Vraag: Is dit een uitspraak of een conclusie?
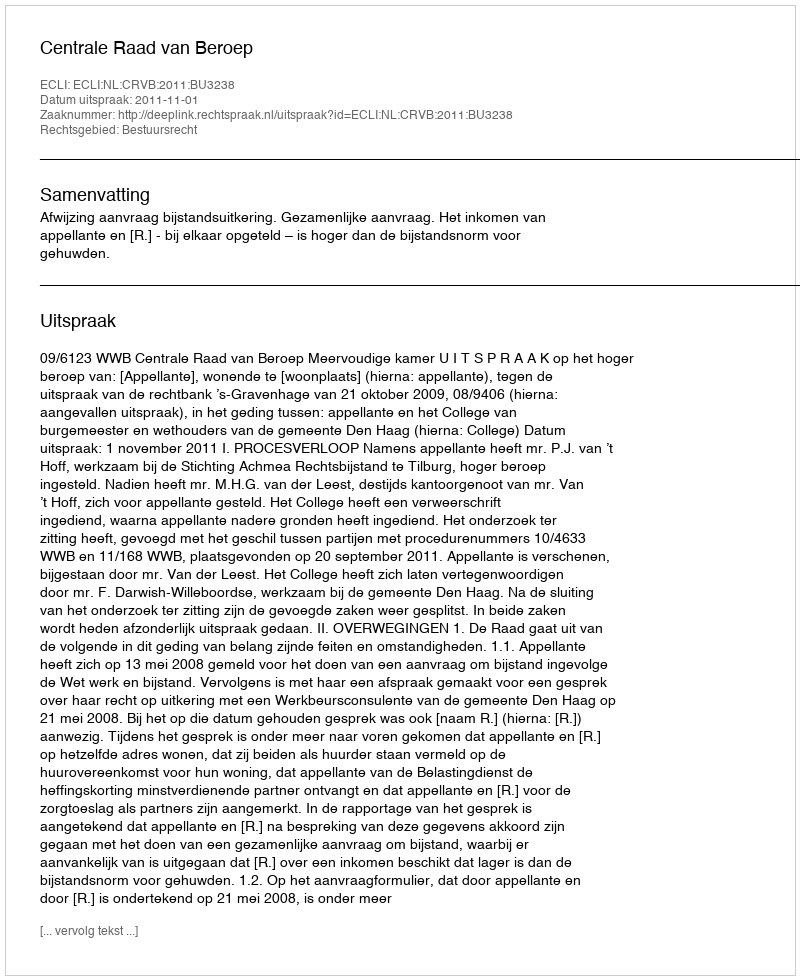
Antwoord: Uitspraak